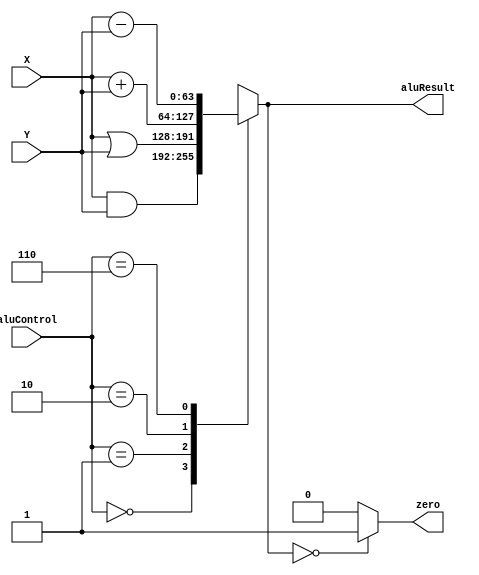
module alu(X, Y, aluControl,  aluResult, zero);
    input [63:0] X, Y;
    input [3:0] aluControl;
    output reg [63:0] aluResult;
    output zero;

    assign zero = (aluResult==0) ? 1 : 0;

    always @(aluControl | X | Y)
    casex (aluControl)
        0: aluResult <= (X & Y);
        1: aluResult <= (X | Y);
        2: aluResult <= (X + Y);
        6: aluResult <= (X - Y);
        default: aluResult <= 64'bx;
    endcase
endmodule